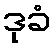
ဒုခံ